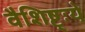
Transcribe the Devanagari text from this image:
वैशिष्ट्ःये